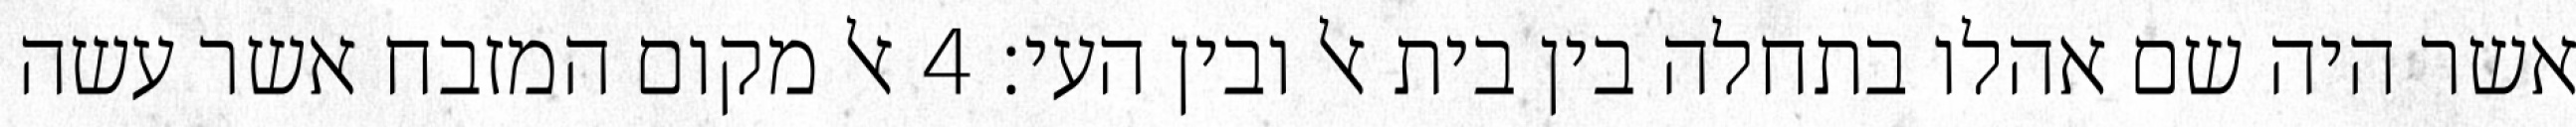
אשר היה שם אהלו בתחלה בין בית אל ובין העי׃ ‎4‏ אל מקום המזבח אשר עשה